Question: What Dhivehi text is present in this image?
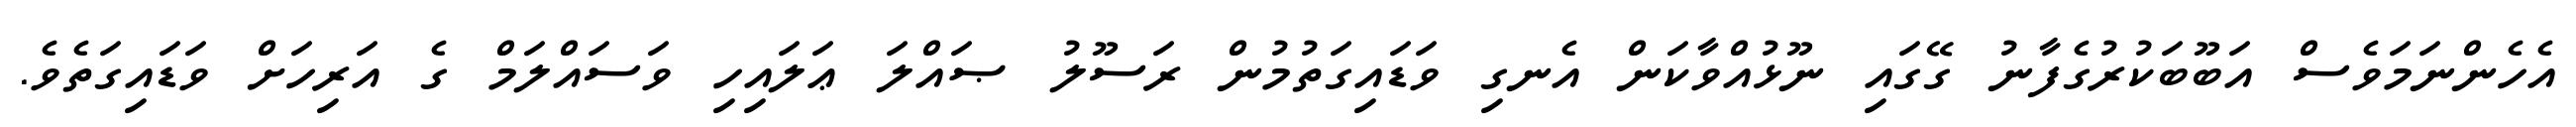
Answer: އެހެންނަމަވެސް އަބޫބަކުރުގެފާނު ގޭގައި ނޫޅުއްވާކަން އެނގި ވަޑައިގަތުމުން ރަސޫލު ޞައްލަ ޢަލައިހި ވަސައްލަމް ގެ އަރިހަށް ވަޑައިގަތެވެ.